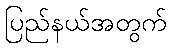
ပြည်နယ်အတွက်